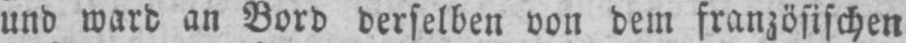
und ward an Bord derselben von dem französischen